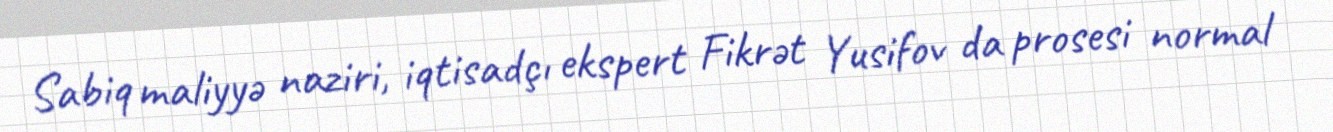
Sabiq maliyyə naziri, iqtisadçı ekspert Fikrət Yusifov da prosesi normal